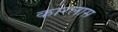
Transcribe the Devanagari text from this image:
कारलास